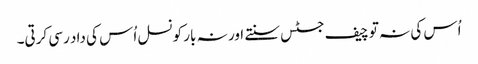
اُس کی نہ تو چیف جسٹس سنتے اور نہ بار کونسل اُس کی داد رسی کرتی۔